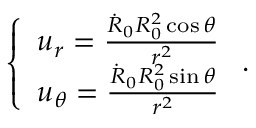
\left\{ \begin{array} { l } { u _ { r } = \frac { \dot { R } _ { 0 } R _ { 0 } ^ { 2 } \cos \theta } { r ^ { 2 } } } \\ { u _ { \theta } = \frac { \dot { R } _ { 0 } R _ { 0 } ^ { 2 } \sin \theta } { r ^ { 2 } } } \end{array} \right. .